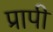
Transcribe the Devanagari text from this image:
प्रापी